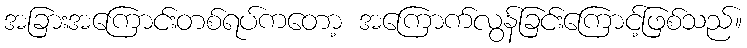
အခြားအကြောင်းတစ်ရပ်ကတော့ အကြောက်လွန်ခြင်းကြောင့်ဖြစ်သည်။